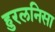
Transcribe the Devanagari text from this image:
हुरलनिसा